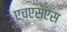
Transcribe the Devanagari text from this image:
एचएसएस